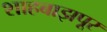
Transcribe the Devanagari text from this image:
शाहबाझपूर